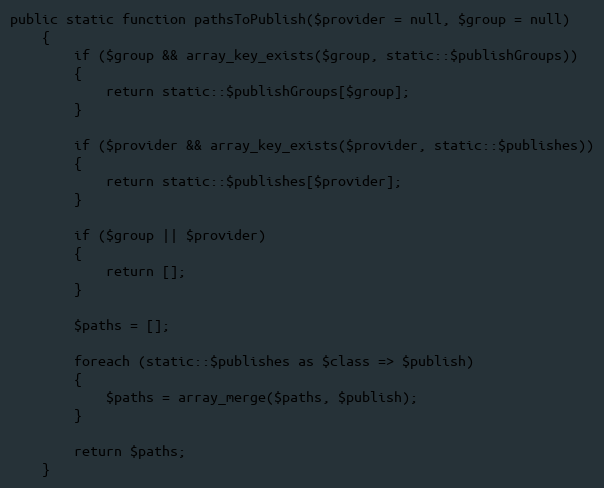
Language: PHP
public static function pathsToPublish($provider = null, $group = null)
	{
		if ($group && array_key_exists($group, static::$publishGroups))
		{
			return static::$publishGroups[$group];
		}

		if ($provider && array_key_exists($provider, static::$publishes))
		{
			return static::$publishes[$provider];
		}

		if ($group || $provider)
		{
			return [];
		}

		$paths = [];

		foreach (static::$publishes as $class => $publish)
		{
			$paths = array_merge($paths, $publish);
		}

		return $paths;
	}